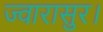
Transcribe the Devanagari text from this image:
ज्वारासुर।